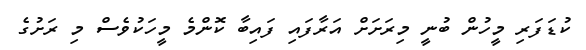
ކުޑަފަރި މީހުން ބުނީ މިރަށަށް އަރާފައި ފައިބާ ކޮންމެ މީހަކުވެސް މި ރަށުގެ